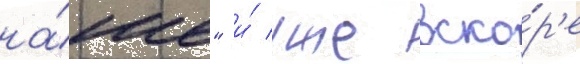
на́ше" и́ уже вско́р'е